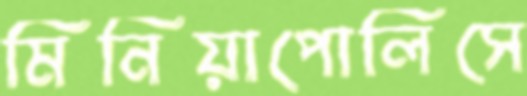
মিনিয়াপোলিসে